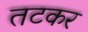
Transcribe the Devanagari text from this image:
तटकर